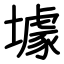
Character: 壉